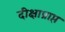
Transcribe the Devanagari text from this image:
दीक्षाप्राप्त